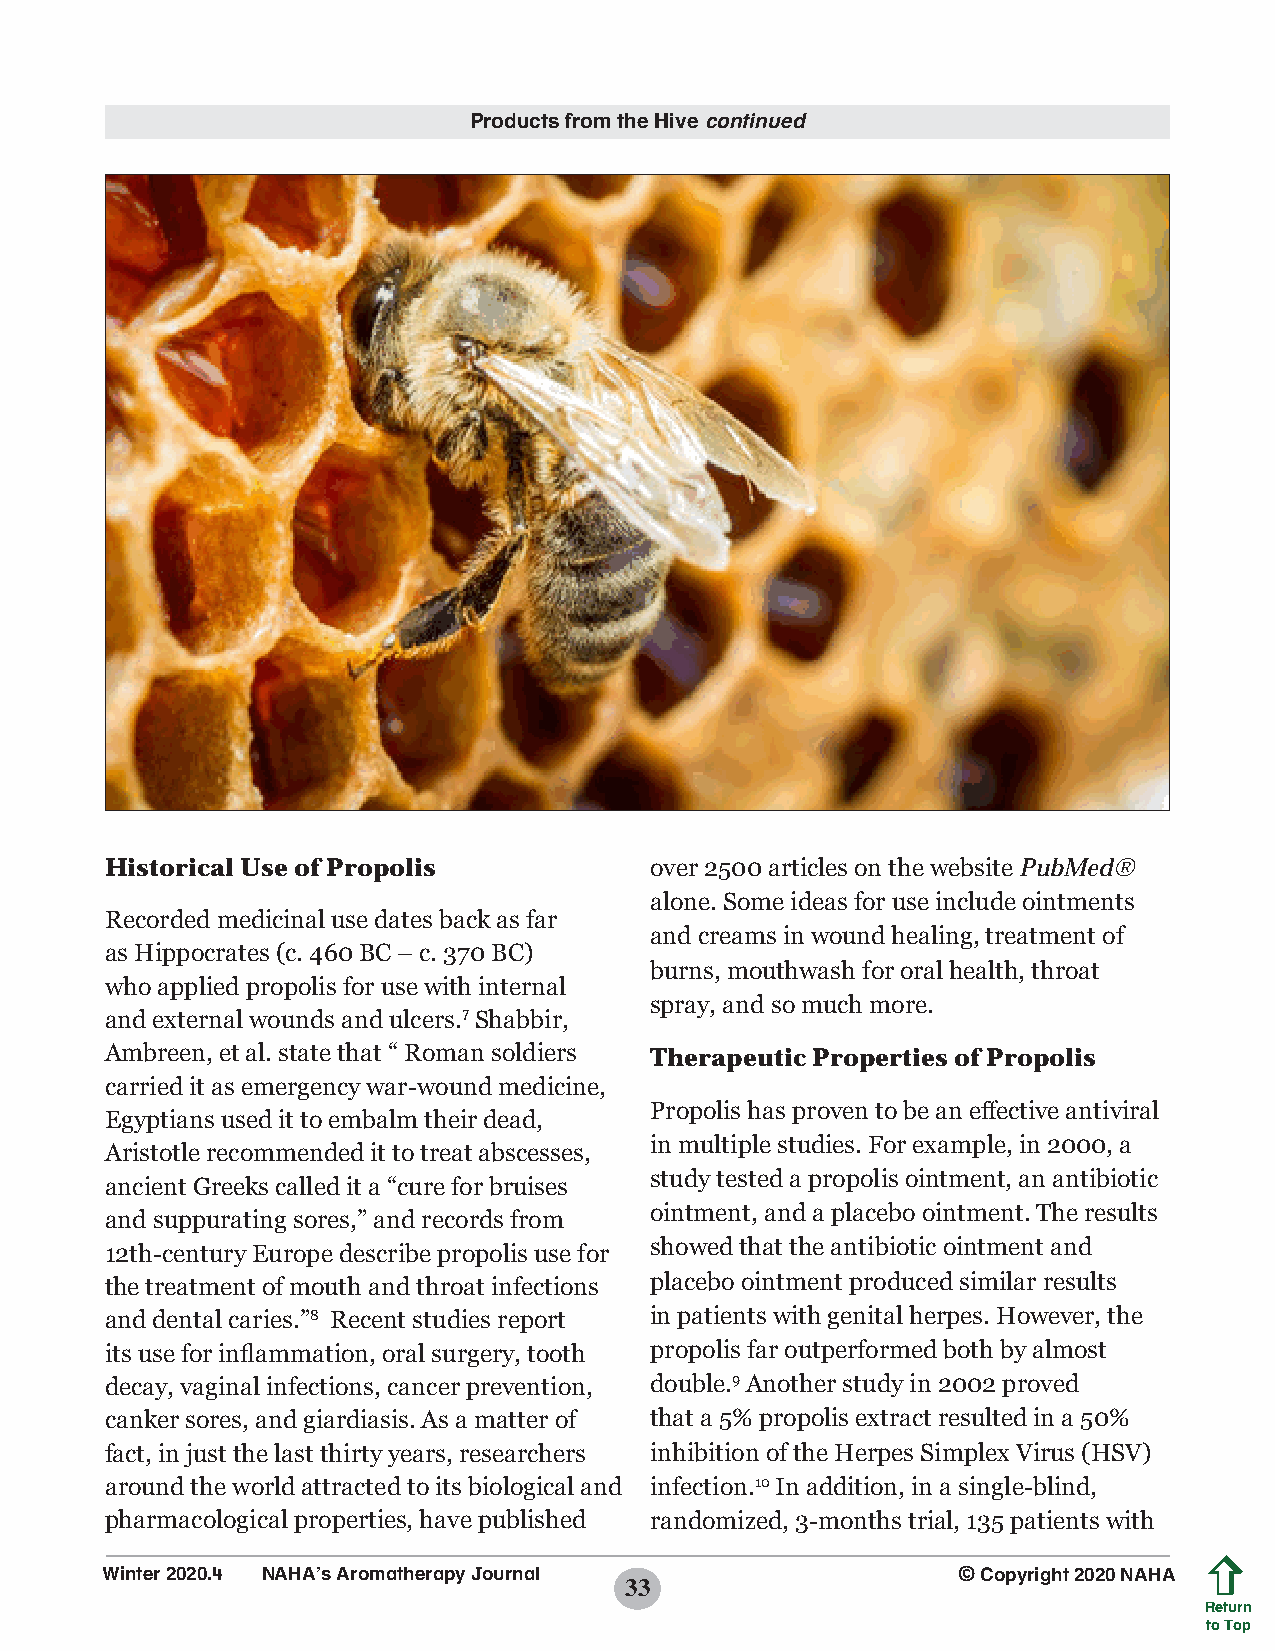
Products from the Hive continued
 Historical Use of Propolis          over 2500 articles on the website PubMed®
 alone. Some ideas for use include ointments
 Recorded medicinal use dates back as far
 and creams in wound healing, treatment of
 as Hippocrates (c. 460 BC – c. 370 BC)
 burns, mouthwash for oral health, throat
 who applied propolis for use with internal
 spray, and so much more.
 and external wounds and ulcers.7 Shabbir,
 Ambreen, et al. state that “ Roman soldiers Therapeutic Properties of Propolis
 carried it as emergency war-wound medicine,
 Propolis has proven to be an effective antiviral
 Egyptians used it to embalm their dead,
 in multiple studies. For example, in 2000, a
 Aristotle recommended it to treat abscesses,
 study tested a propolis ointment, an antibiotic
 ancient Greeks called it a “cure for bruises
 ointment, and a placebo ointment. The results
 and suppurating sores,” and records from
 12th-century Europe describe propolis use for showed that the antibiotic ointment and
 the treatment of mouth and throat infections placebo ointment produced similar results
 and dental caries.”8 Recent studies report in patients with genital herpes. However, the
 its use for inflammation, oral surgery, tooth propolis far outperformed both by almost
 decay, vaginal infections, cancer prevention, double.9 Another study in 2002 proved
 canker sores, and giardiasis. As a matter of that a 5% propolis extract resulted in a 50%
 fact, in just the last thirty years, researchers inhibition of the Herpes Simplex Virus (HSV)
 around the world attracted to its biological and infection.10 In addition, in a single-blind,
 pharmacological properties, have published randomized, 3-months trial, 135 patients with
 Winter 2020.4 NAHA’s Aromatherapy Journal               © Copyright 2020 NAHA
 33
 Return
 to Top
 